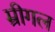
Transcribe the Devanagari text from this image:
म्रीगल